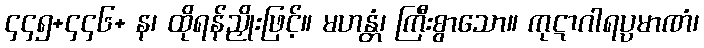
၄၄၅+၄၄၆+ န၊ ထိုရန်ညှိုးဖြင့်။ မဟန္တံ၊ ကြီးစွာသော။ ကုဋာဂါရပ္ပမာဏံ၊